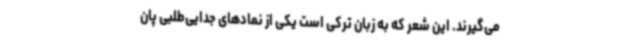
می‌گیرند. این شعر که به زبان ترکی است یکی از نمادهای جدایی‌طلبی پان